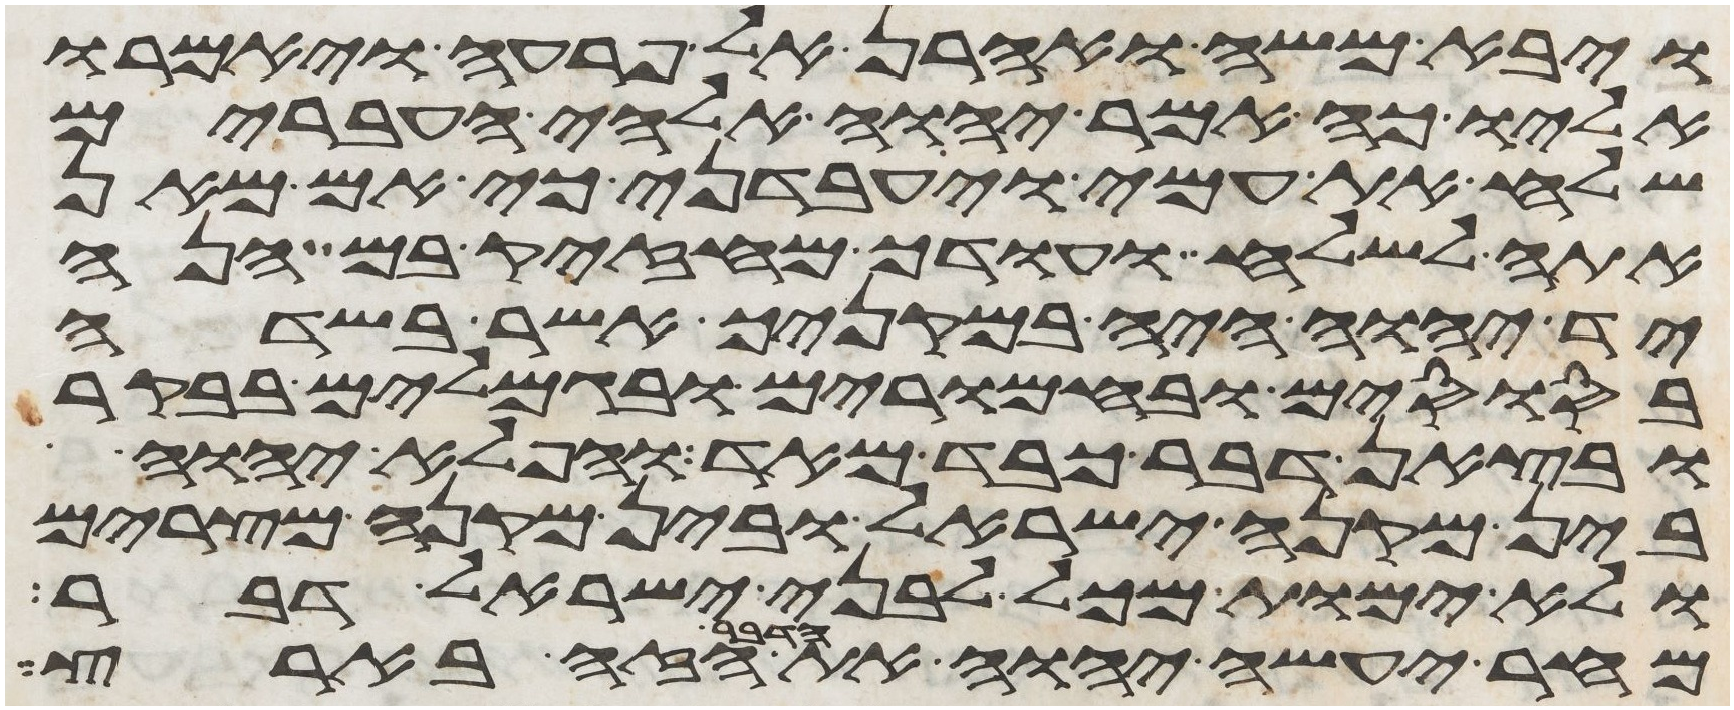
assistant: ויבא משה ואהרן אל פרעה ויאמרו
אליו כה אמר יהוה אלהי העברים
שלח את עמי ויעבדני כי אם מאן
אתה לשלח ועודך מחזק בם הנה
יד יהוה היה במקניך אשר בשדה
בסוסים ובחמרים ובגמלים בבקר
ובצאן דבר כבד מאד והפלא יהוה
בין מקנה ישראל ובין מקנה מצרים
ולא ימות מכל לבני ישראל דבר
מחר יעשה יהוה את הדבר הזה בארץ